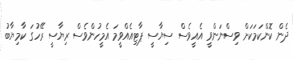
ދެން ކޮންކަމަކަށް ވިސްނަންވީ އެއީވެސް ސިޔާސީ ޕާޓިއެއްވީމަ އެމީހުންވެސް ރިޔާސީ ރޭހުގަ ކާމިޔާބު